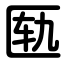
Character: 匦